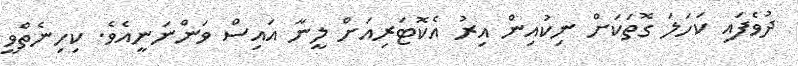
ދުވެފައި ކަހަލަ ގޮތަކަށް ނިކުއިން އިރު އެކޮޓަރިއަށް ލީނާ އައިސް ވަންނަނީއެވެ. ކިހިނެތްވީ